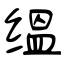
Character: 缊